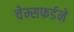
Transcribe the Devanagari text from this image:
चेम्सफर्डने